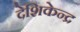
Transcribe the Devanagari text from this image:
देशिकेन्द्र